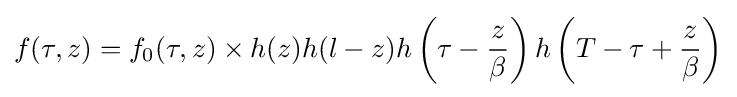
f(\tau ,z)=f_{0}(\tau ,z)\times h(z)h(l-z)h\left(\tau -{\frac {z}{\beta }}\right)h\left(T-\tau +{\frac {z}{\beta }}\right)